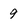
Character: 9